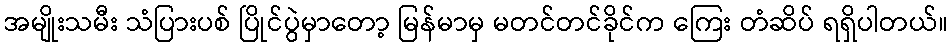
အမျိုးသမီး သံပြားပစ် ပြိုင်ပွဲမှာတော့ မြန်မာမှ မတင်တင်ခိုင်က ကြေး တံဆိပ် ရရှိပါတယ်။